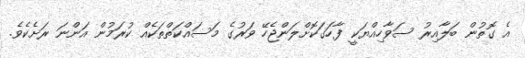
އެ ގޮތުން ބަލާއިރު ސަވާހިއްޔަކީ ފާހަގަކޮށްލަންޖެހޭ ވަރުގެ މަސައްކަތްތަކެއް ކުރަމުން އަންނަ ރަށެކެވެ.